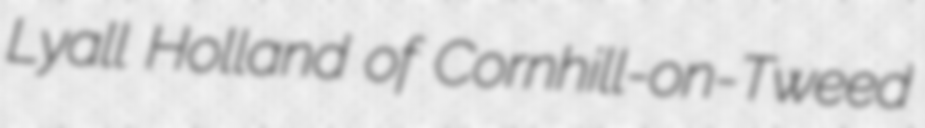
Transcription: Lyall Holland of Cornhill-on-Tweed